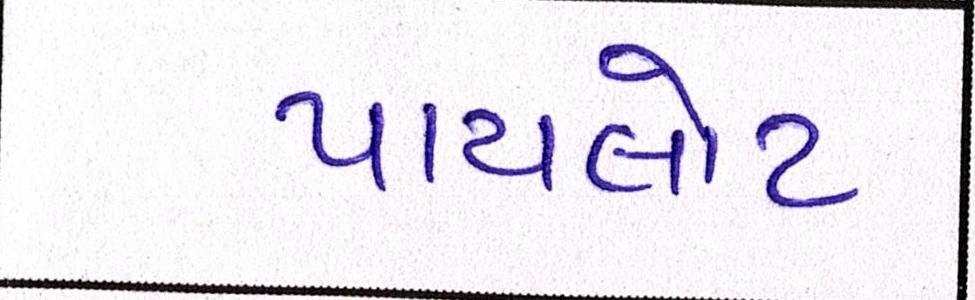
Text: પાયલોટ